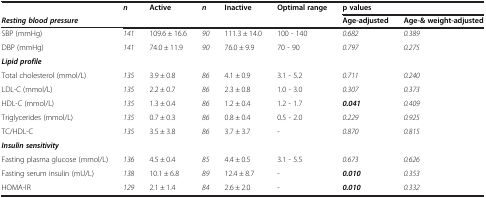
<table><thead><tr><td><b> </b></td><td><b><i>n</i></b></td><td><b>Active</b></td><td><b><i>n</i></b></td><td><b>Inactive</b></td><td><b>Optimal range</b></td><td colspan="2"><b>p values</b></td></tr><tr><td><b><i>Resting blood pressure</i></b></td><td><b> </b></td><td><b> </b></td><td><b> </b></td><td><b> </b></td><td><b> </b></td><td><b>Age-adjusted</b></td><td><b>Age-&amp; weight-adjusted</b></td></tr></thead><tbody><tr><td>SBP (mmHg)</td><td><i>141</i></td><td>109.6 ± 16.6</td><td><i>90</i></td><td>111.3 ± 14.0</td><td>100 - 140</td><td><i>0.682</i></td><td><i>0.389</i></td></tr><tr><td>DBP (mmHg)</td><td><i>141</i></td><td>74.0 ± 11.9</td><td><i>90</i></td><td>76.0 ± 9.9</td><td>70 - 90</td><td><i>0.797</i></td><td><i>0.275</i></td></tr><tr><td><b><i>Lipid profile</i></b></td><td> </td><td> </td><td> </td><td> </td><td> </td><td> </td><td> </td></tr><tr><td>Total cholesterol (mmol/L)</td><td><i>135</i></td><td>3.9 ± 0.8</td><td><i>86</i></td><td>4.1 ± 0.9</td><td>3.1 - 5.2</td><td><i>0.711</i></td><td><i>0.240</i></td></tr><tr><td>LDL-C (mmol/L)</td><td><i>135</i></td><td>2.2 ± 0.7</td><td><i>86</i></td><td>2.3 ± 0.8</td><td>1.0 - 3.0</td><td><i>0.307</i></td><td><i>0.373</i></td></tr><tr><td>HDL-C (mmol/L)</td><td><i>135</i></td><td>1.3 ± 0.4</td><td><i>86</i></td><td>1.2 ± 0.4</td><td>1.2 - 1.7</td><td><b><i>0.041</i></b></td><td><i>0.409</i></td></tr><tr><td>Triglycerides (mmol/L)</td><td><i>135</i></td><td>0.7 ± 0.3</td><td><i>86</i></td><td>0.8 ± 0.4</td><td>0.5 - 2.0</td><td><i>0.229</i></td><td><i>0.925</i></td></tr><tr><td>TC/HDL-C</td><td><i>135</i></td><td>3.5 ± 3.8</td><td><i>86</i></td><td>3.7 ± 3.7</td><td>-</td><td><i>0.870</i></td><td><i>0.815</i></td></tr><tr><td><b><i>Insulin sensitivity</i></b></td><td> </td><td> </td><td> </td><td> </td><td> </td><td> </td><td> </td></tr><tr><td>Fasting plasma glucose (mmol/L)</td><td><i>136</i></td><td>4.5 ± 0.4</td><td><i>85</i></td><td>4.4 ± 0.5</td><td>3.1 - 5.5</td><td><i>0.673</i></td><td><i>0.626</i></td></tr><tr><td>Fasting serum insulin (mU/L)</td><td><i>138</i></td><td>10.1 ± 6.8</td><td><i>89</i></td><td>12.4 ± 8.7</td><td>-</td><td><b><i>0.010</i></b></td><td><i>0.353</i></td></tr><tr><td>HOMA-IR</td><td><i>129</i></td><td>2.1 ± 1.4</td><td><i>84</i></td><td>2.6 ± 2.0</td><td>-</td><td><b><i>0.010</i></b></td><td><i>0.332</i></td></tr></tbody></table>